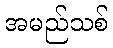
အမည်သစ်